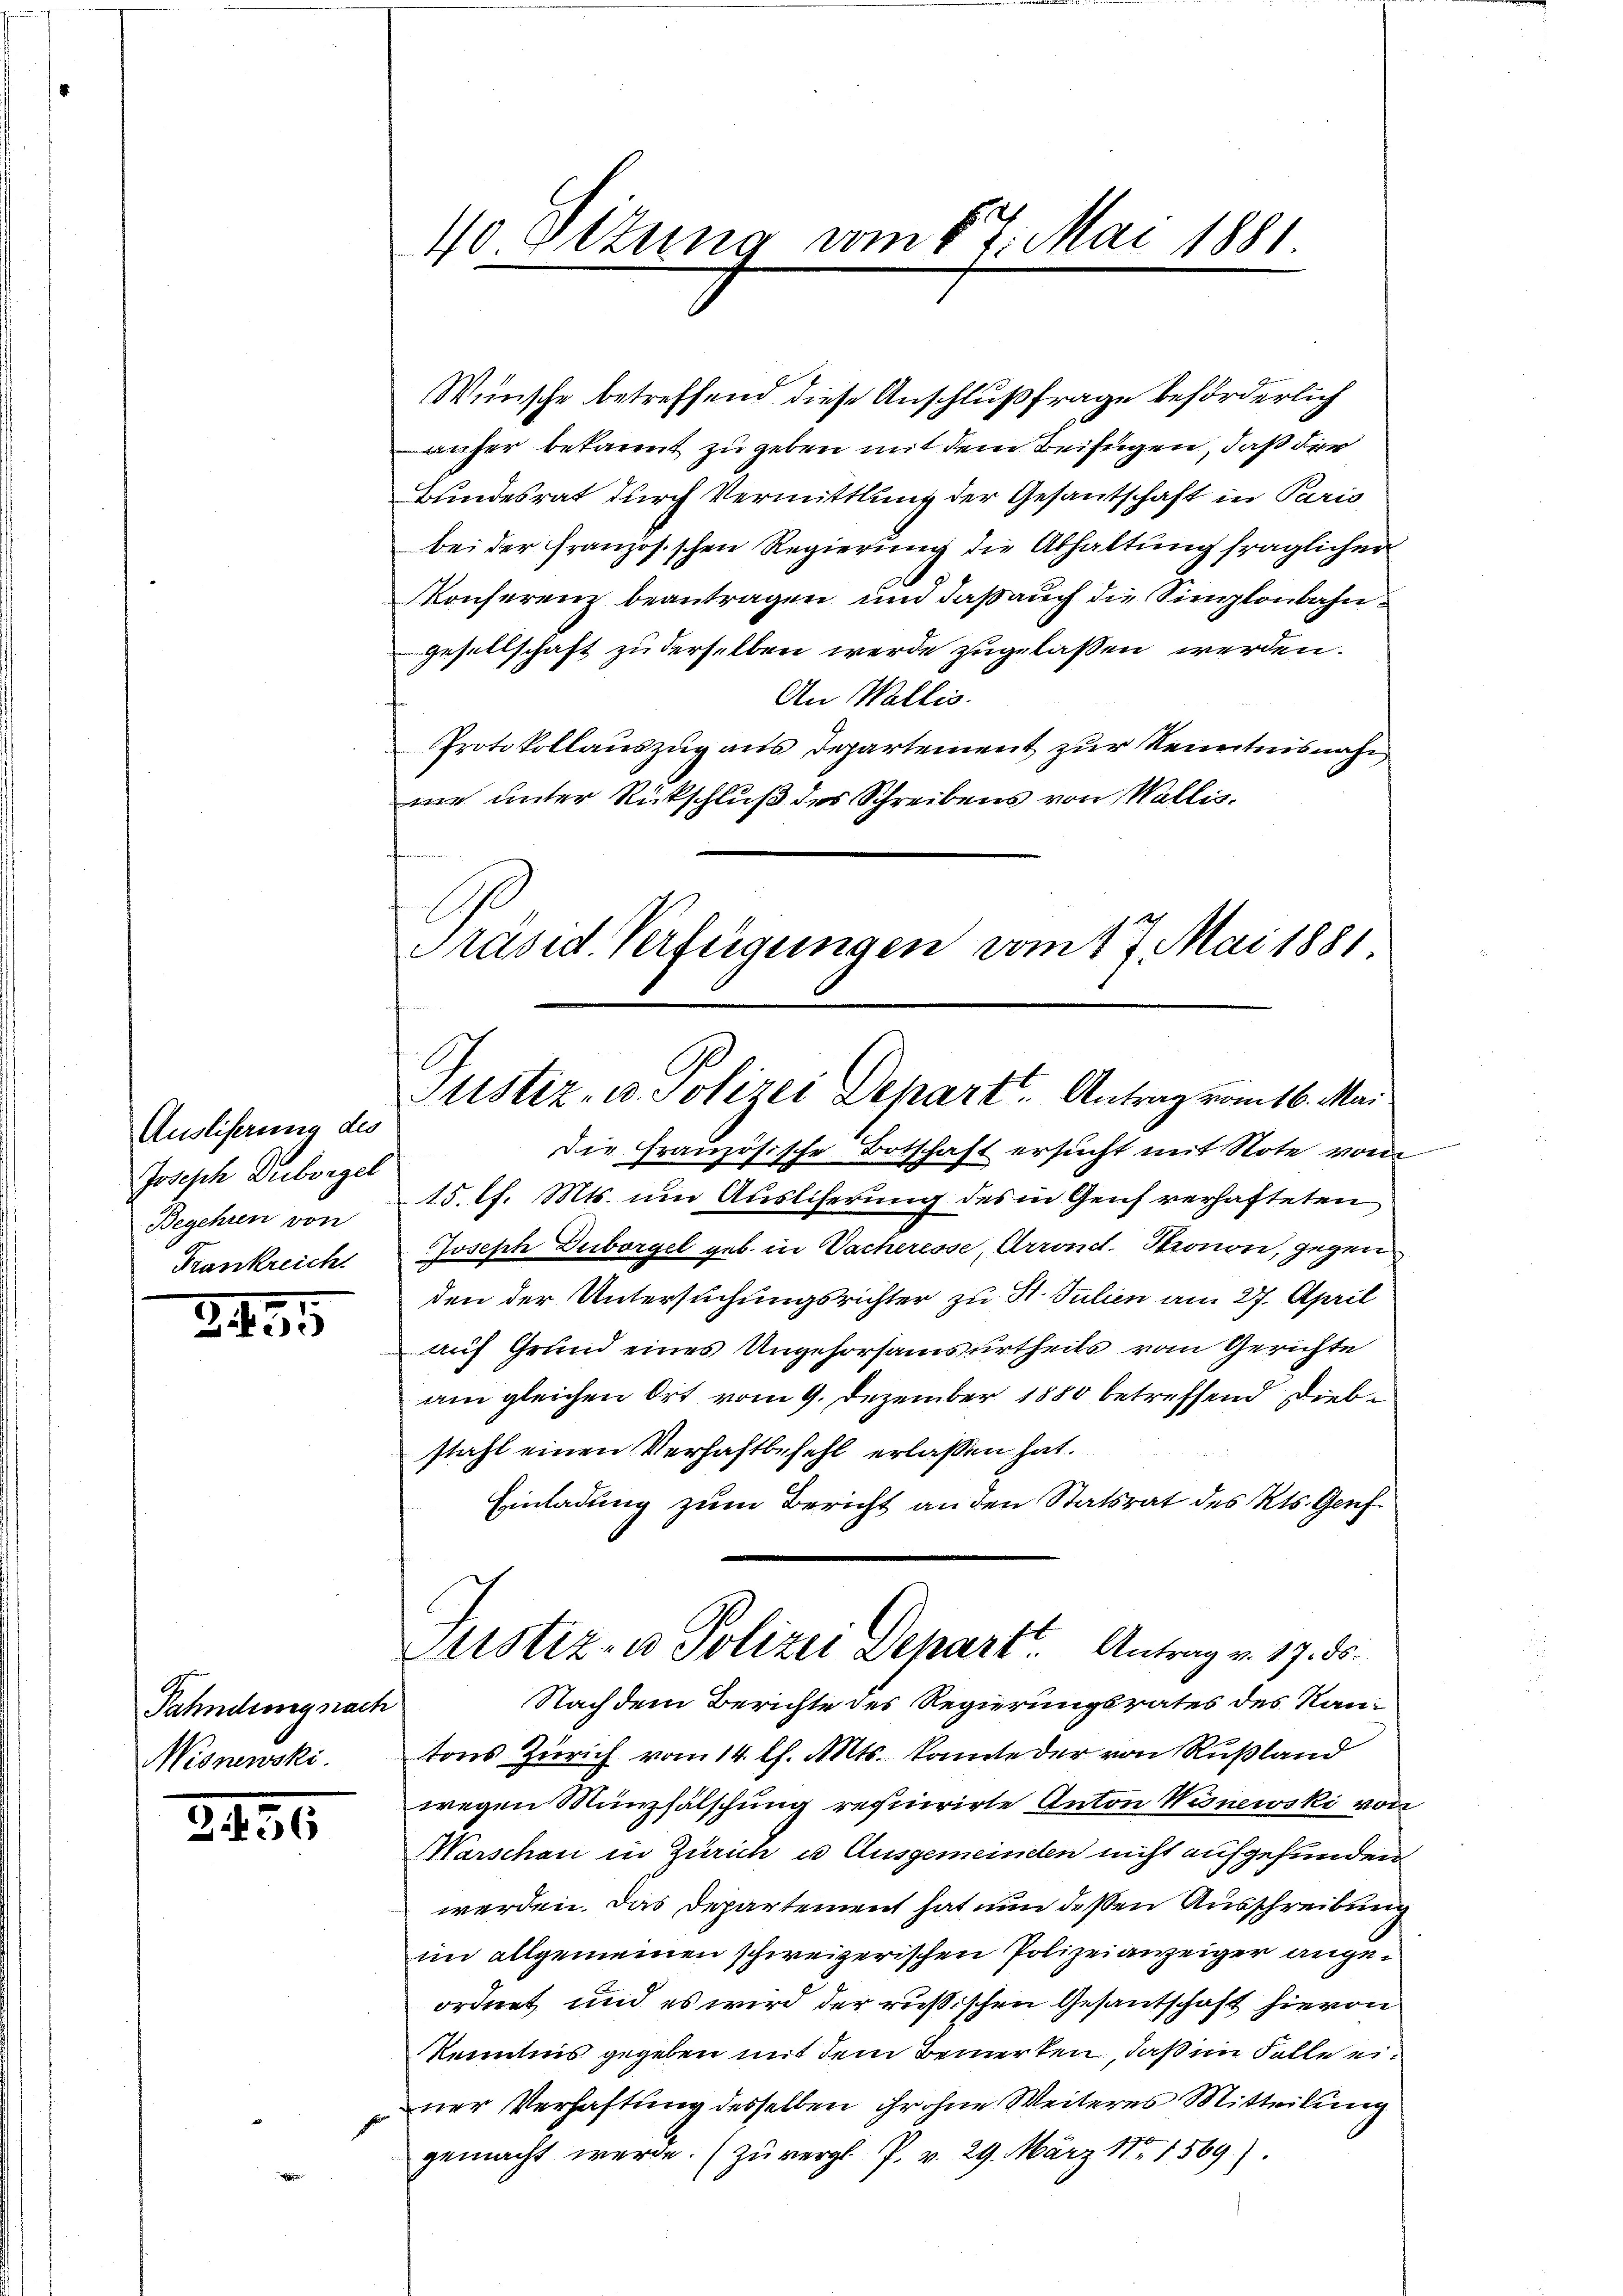
Ausliserung des
Joseph Duborgel
Begehren von
Frankreich

2455

Fahndung nach
Nisnewski.

21456

40 Ettung vom 17. Mai 1881

Wünsche betreffend diese Anschlußfrage beförderlich
anher bekannt zu geben mit dem Beifügen, daß der
Bundesrat durch Vermittlung der Gesantschaft in Paris
bei der französischen Regierung die Abhaltung fraglicher
Konferenz beantragen und daß auch die Simplonbahn¬
Gesellschaft zu derselben werde zugelassen werden.
An Wallis.
Protokollauszug aus Departement zur Kenntnisnahe
me unter Rückschluß des Schreibens von Wallis.
Die Französische Botschaft ersucht mit Note von
15. l. Mts. um Auslieferung des in Genf verhafteten
Joseph Duborgel geb. in Sacheresse, Arrond. Stronon, gegenden der Untersuchungsrichter zu St. Julien am 27. April
auf Grund eines Ungehorsamsurtheils vom Gerichte
am gleichen Ort vom 9. Dezember 1880 betreffend Diebstahl einen Verhaftbefehl erlassen hat.
Einladung zum Bericht an den Statsrat des Kts. Genf¬
Justiz- u Polizei Depart. Antrag v. 17. ds.
Nach dem Berichte des Regierungsrates des Kantons Zürich vom 14. l. Mts. konnte der von Rußland
wegen Münzfälschung requirirte Anton Wisnewski von
Warschen in Zürich u. Ausgemeinden nicht aufgefunden
werden. Das Departement hat nun dessen Ausschreibung
im allgemeinen schweizerischen Polizeianzeiger angeordnet und es wird der russischen Gesantschaft hievon
Kenntnis gegeben mit dem Bemerken, daß im Falle einer Verhaftung desselben ihr ohne Weiteres Mitteilung
gemacht werde. (Zu vergl. P. v. 29. März 181569)

Präsid Verfügungen vom 17. Mai 1881
Justiz- u. Polizei Depart. Antrag vom 16. Mai